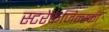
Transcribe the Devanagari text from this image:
स्टरेकजिन्स्की